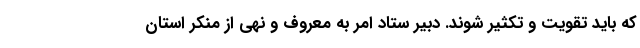
که باید تقویت و تکثیر شوند. دبیر ستاد امر به معروف و نهی از منکر استان